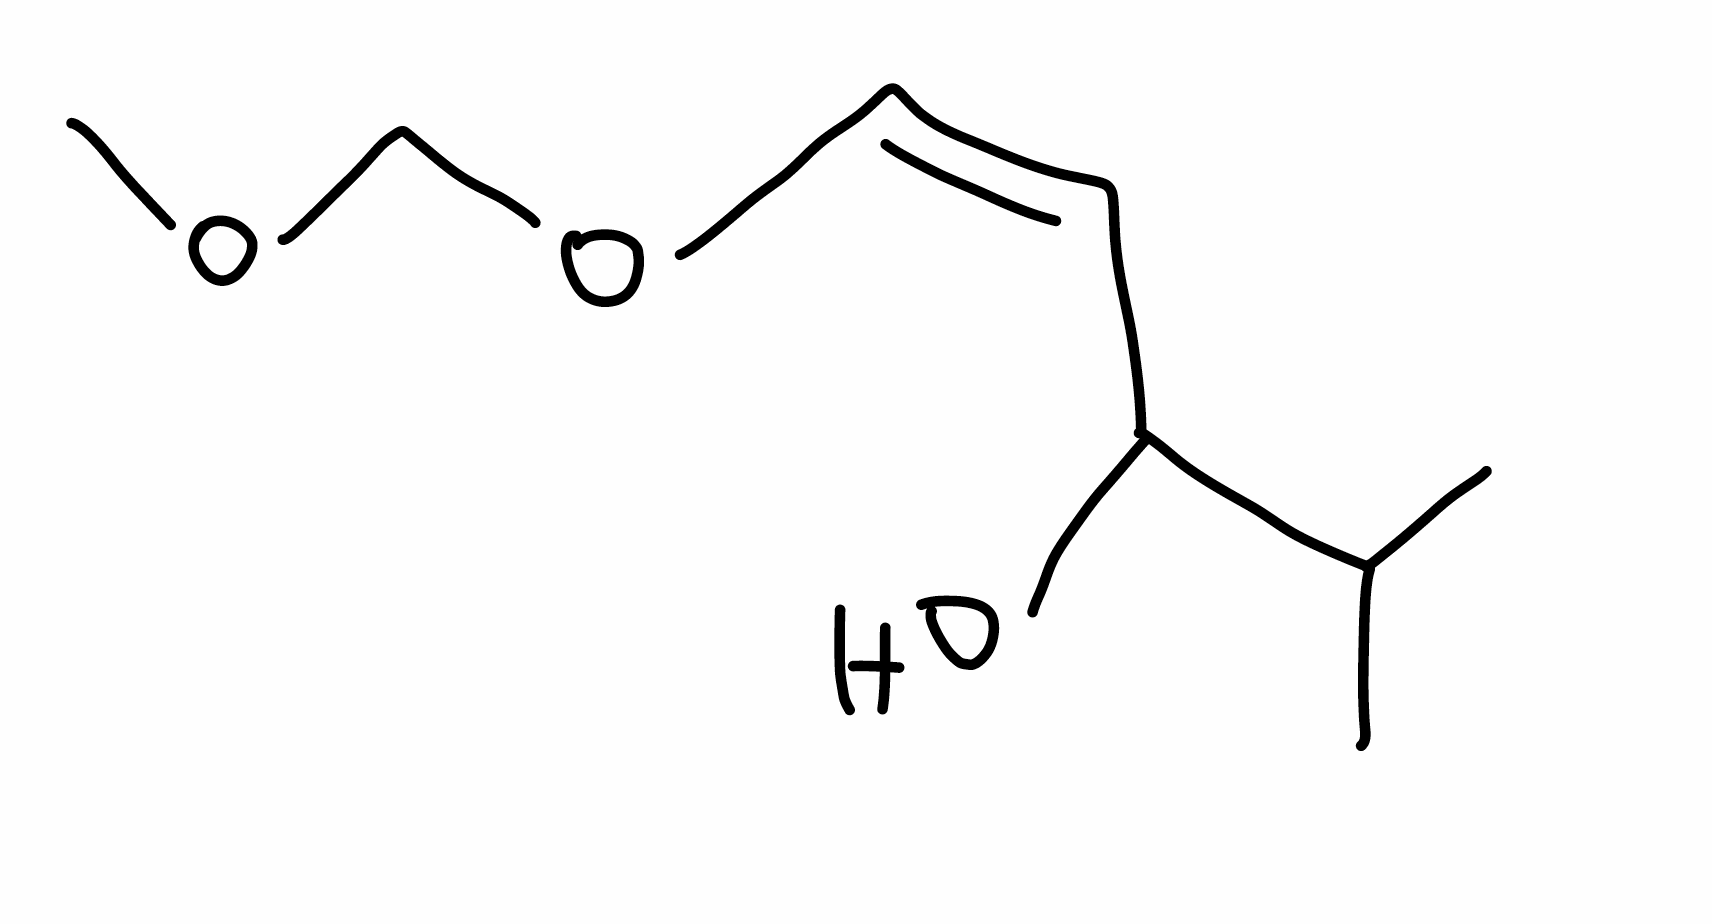
Simplified molecular-input line-entry system (SMILES) notation of the given molecule:
CC(C)C(/C=C\OCOC)O